Source: Handwritten
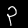
Digit: ၃ (3)